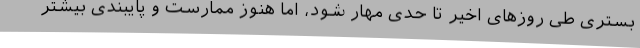
بستری طی روزهای اخیر تا حدی مهار شود، اما هنوز ممارست و پایبندی بیشتر